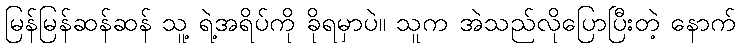
မြန်မြန်ဆန်ဆန် သူ့ ရဲ့အရိပ်ကို ခိုရမှာပဲ။ သူက အဲသည်လိုပြောပြီးတဲ့ နောက်